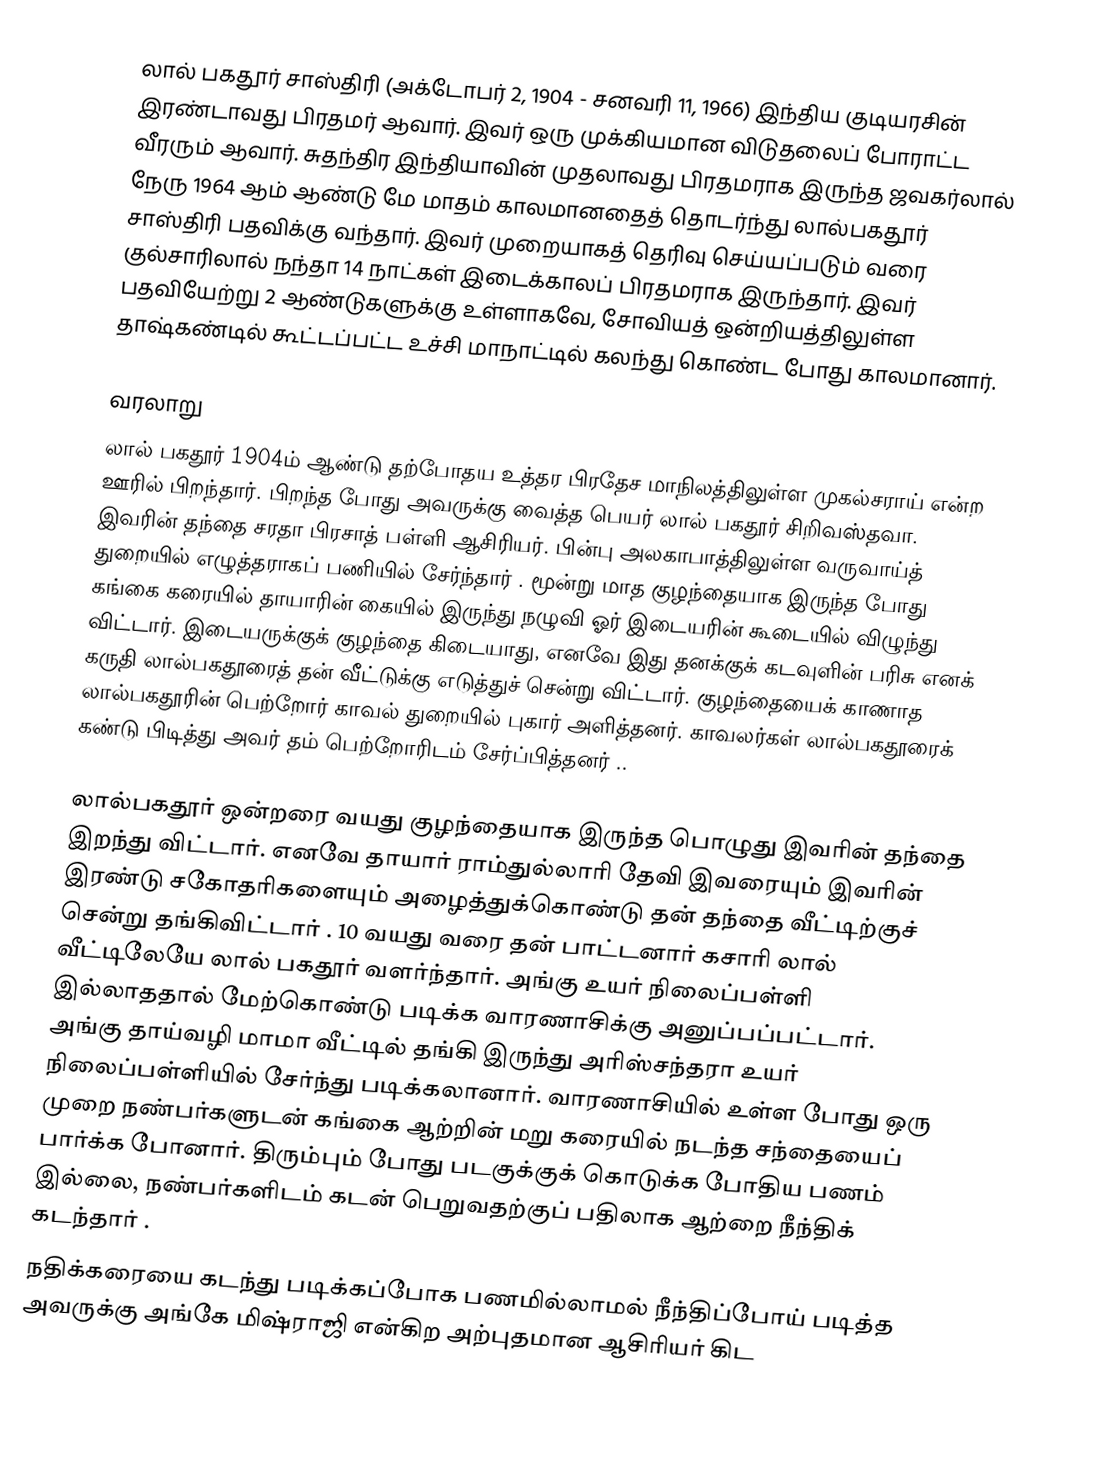
லால் பகதூர் சாஸ்திரி (அக்டோபர் 2, 1904 - சனவரி 11, 1966) இந்திய குடியரசின் இரண்டாவது பிரதமர் ஆவார். இவர் ஒரு முக்கியமான விடுதலைப் போராட்ட வீரரும் ஆவார். சுதந்திர இந்தியாவின் முதலாவது பிரதமராக இருந்த ஜவகர்லால் நேரு 1964 ஆம் ஆண்டு மே மாதம் காலமானதைத் தொடர்ந்து லால்பகதூர் சாஸ்திரி பதவிக்கு வந்தார். இவர் முறையாகத் தெரிவு செய்யப்படும் வரை குல்சாரிலால் நந்தா 14 நாட்கள் இடைக்காலப் பிரதமராக இருந்தார். இவர் பதவியேற்று 2 ஆண்டுகளுக்கு உள்ளாகவே, சோவியத் ஒன்றியத்திலுள்ள தாஷ்கண்டில் கூட்டப்பட்ட உச்சி மாநாட்டில் கலந்து கொண்ட போது காலமானார்.

வரலாறு
லால் பகதூர் 1904ம் ஆண்டு தற்போதய உத்தர பிரதேச மாநிலத்திலுள்ள முகல்சராய் என்ற ஊரில் பிறந்தார். பிறந்த போது அவருக்கு வைத்த பெயர் லால் பகதூர் சிறிவஸ்தவா. இவரின் தந்தை சரதா பிரசாத் பள்ளி ஆசிரியர். பின்பு அலகாபாத்திலுள்ள வருவாய்த் துறையில் எழுத்தராகப் பணியில் சேர்ந்தார் . மூன்று மாத குழந்தையாக இருந்த போது கங்கை கரையில் தாயாரின் கையில் இருந்து நழுவி ஓர் இடையரின் கூடையில் விழுந்து விட்டார். இடையருக்குக் குழந்தை கிடையாது, எனவே இது தனக்குக் கடவுளின் பரிசு எனக் கருதி லால்பகதூரைத் தன் வீட்டுக்கு எடுத்துச் சென்று விட்டார். குழந்தையைக் காணாத லால்பகதூரின் பெற்றோர் காவல் துறையில் புகார் அளித்தனர். காவலர்கள் லால்பகதூரைக் கண்டு பிடித்து அவர் தம் பெற்றோரிடம் சேர்ப்பித்தனர் ..

லால்பகதூர் ஒன்றரை வயது குழந்தையாக இருந்த பொழுது இவரின் தந்தை இறந்து விட்டார். எனவே தாயார் ராம்துல்லாரி தேவி இவரையும் இவரின் இரண்டு சகோதரிகளையும் அழைத்துக்கொண்டு தன் தந்தை வீட்டிற்குச் சென்று தங்கிவிட்டார் . 10 வயது வரை தன் பாட்டனார் கசாரி லால் வீட்டிலேயே லால் பகதூர் வளர்ந்தார். அங்கு உயர் நிலைப்பள்ளி இல்லாததால் மேற்கொண்டு படிக்க வாரணாசிக்கு அனுப்பப்பட்டார். அங்கு தாய்வழி மாமா வீட்டில் தங்கி இருந்து அரிஸ்சந்தரா உயர் நிலைப்பள்ளியில் சேர்ந்து படிக்கலானார். வாரணாசியில் உள்ள போது ஒரு முறை நண்பர்களுடன் கங்கை ஆற்றின் மறு கரையில் நடந்த சந்தையைப் பார்க்க போனார். திரும்பும் போது படகுக்குக் கொடுக்க போதிய பணம் இல்லை, நண்பர்களிடம் கடன் பெறுவதற்குப் பதிலாக ஆற்றை நீந்திக் கடந்தார் .
நதிக்கரையை கடந்து படிக்கப்போக பணமில்லாமல் நீந்திப்போய் படித்த அவருக்கு அங்கே மிஷ்ராஜி என்கிற அற்புதமான ஆசிரியர் கிட